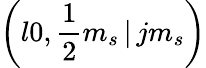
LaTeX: \left(l0,\frac{1}{2}m_{s}\, |\, jm_{s}\right)